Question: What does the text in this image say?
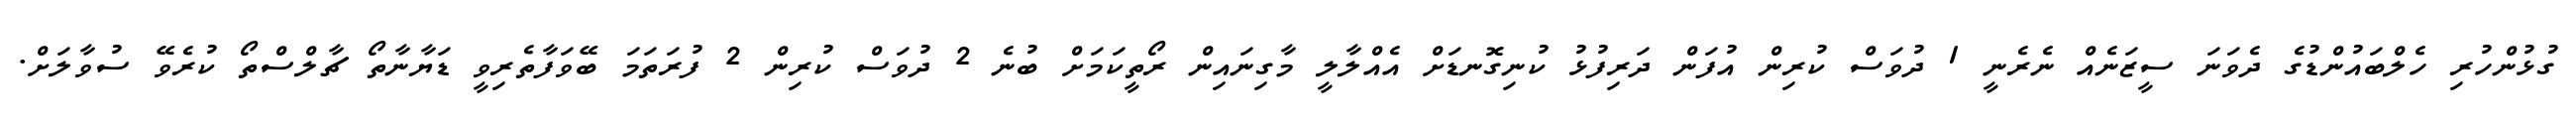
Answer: ގުޅުންހުރި ހެލްބައުންޑުގެ ދެވަނަ ސީޒަނެއް ނެރެނީ 1 ދުވަސް ކުރިން އުފަން ދަރިފުޅު ކުނިގޮނޑަށް އެއްލާލީ މާގިނައިން ރޯތީކަމަށް ބުނެ 2 ދުވަސް ކުރިން 2 ފުރަތަމަ ބޭވަފާތެރިވީ ޑަޔާނާތޯ ޗާލްސްތޯ ކުރެވޭ ސުވާލަށް.